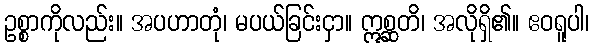
ဥစ္စာကိုလည်း။ အပဟာတုံ၊ မပယ်ခြင်းငှာ။ ဣစ္ဆတိ၊ အလိုရှိ၏။ ဧဝရူပါ၊